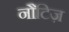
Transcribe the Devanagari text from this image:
नौटिज़